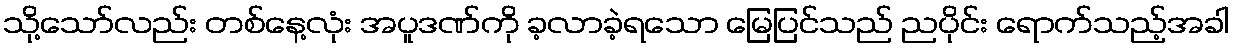
သို့သော်လည်း တစ်နေ့လုံး အပူဒဏ်ကို ခ့လာခဲ့ရသော မြေပြင်သည် ညပိုင်း ရောက်သည့်အခါ